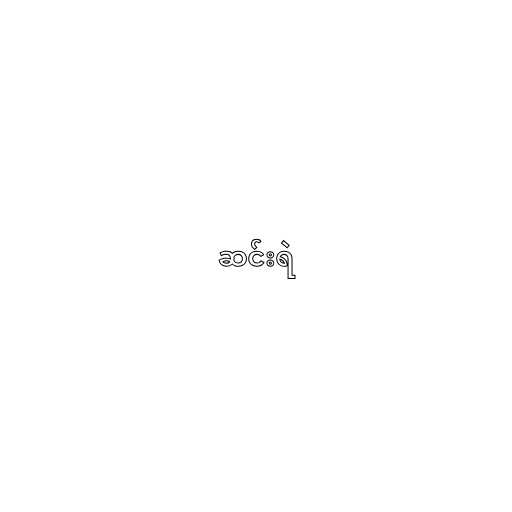
ဆင်းရဲ